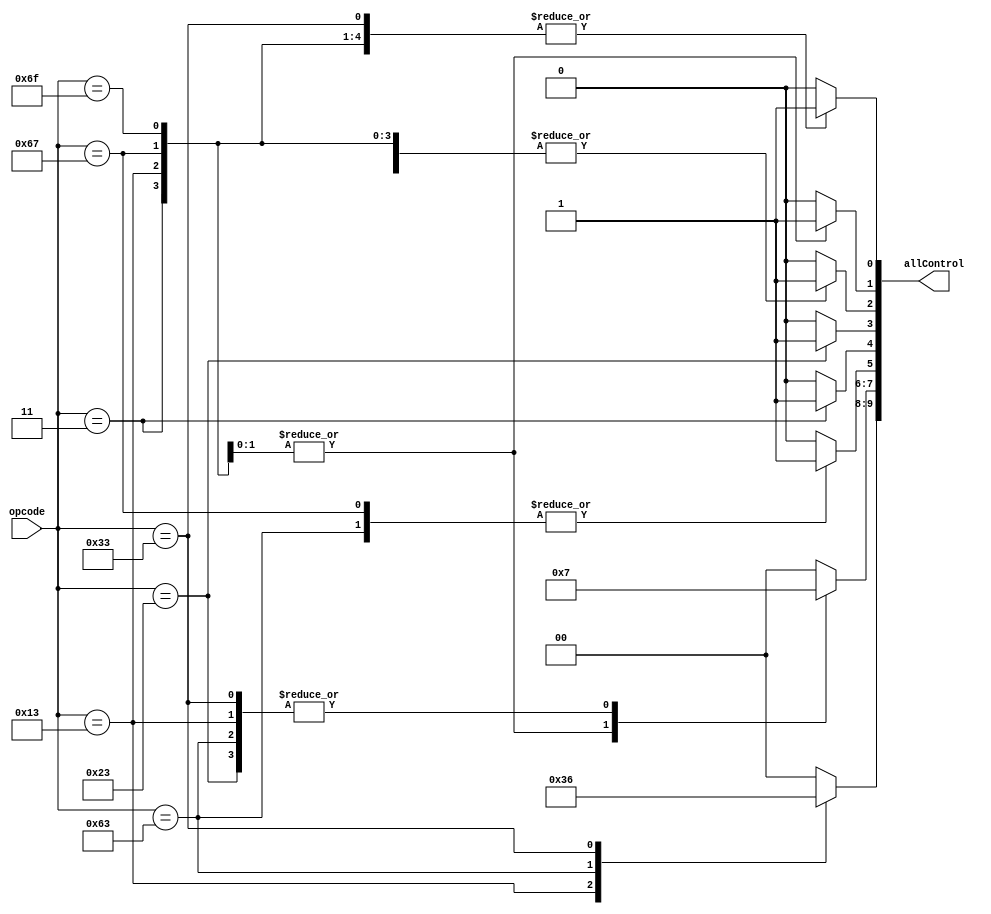
// Control
module Control(opcode, allControl);
input [6:0] opcode;
output [9:0] allControl;
//  allControl = {ALUOp, MemtoReg, Branch, MemRead, MemWrite, ALUSrc, Jump, RegWrite}
reg [9:0] allControl;
initial begin
            allControl <= 0;
    end
   
    always @ (opcode) begin
         case (opcode)
        //I-type,load
            7'b0000011: begin allControl[5] <= 0; allControl[2] <= 1; allControl[9:8] <= 2'b00; allControl[3] <= 0; allControl[4] <= 1; allControl[7:6] <= 2'b00; allControl[1] <= 0; allControl[0] <= 1; end 
//          7'b0001111: 
        //I-type,Imm
            7'b0010011: begin allControl[5] <= 0; allControl[2] <= 1; allControl[9:8] <= 2'b11; allControl[3] <= 0; allControl[4] <= 0; allControl[7:6] <= 2'b11; allControl[1] <= 0; allControl[0] <= 1; end 
//          7'b0010111: 
        //S-type,save
            7'b0100011: begin allControl[5] <= 0; allControl[2] <= 1; allControl[9:8] <= 2'b00; allControl[3] <= 1; allControl[4] <= 0; allControl[7:6] <= 2'b11; allControl[1] <= 0; allControl[0] <= 0; end 
//          7'b0110111: 
        //B-type,branch
            7'b1100011: begin allControl[5] <= 1; allControl[2] <= 0; allControl[9:8] <= 2'b01; allControl[3] <= 0; allControl[4] <= 0; allControl[7:6] <= 2'b11; allControl[1] <= 0; allControl[0] <= 0; end 
        //I-type,jalr
            7'b1100111: begin allControl[5] <= 1; allControl[2] <= 1; allControl[9:8] <= 2'b00; allControl[3] <= 0; allControl[4] <= 0; allControl[7:6] <= 2'b01; allControl[1] <= 1; allControl[0] <= 1; end 
        //J-type,jal
            7'b1101111: begin allControl[5] <= 0; allControl[2] <= 1; allControl[9:8] <= 2'b00; allControl[3] <= 0; allControl[4] <= 0; allControl[7:6] <= 2'b01; allControl[1] <= 1; allControl[0] <= 1; end 
//          7'b1110011: 
        //R-type,calc
            7'b0110011: begin allControl[5] <= 0; allControl[2] <= 0; allControl[9:8] <= 2'b10; allControl[3] <= 0; allControl[4] <= 0; allControl[7:6] <= 2'b11; allControl[1] <= 0; allControl[0] <= 1; end 
            default:    begin allControl    <= 0; end
        endcase
end
endmodule //done